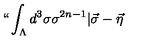
` ` \int _ { \Lambda } d ^ { 3 } \sigma \sigma ^ { 2 n - 1 } | \vec { \sigma } - \vec { \eta }